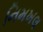
નિમખલ